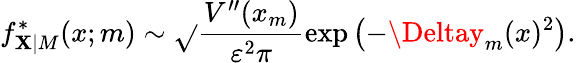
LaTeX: f_{\mathbf{X}|M}^{*}(x;m)\sim\sqrt{}{{\frac{{V^{\prime\prime}(x_{m})}}{{\varepsilon^{2}\pi}}}}\mathrm{{exp}}\left(-\Deltay_{m}(x)^{2}\right).